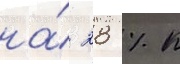
на́ 28 % к